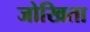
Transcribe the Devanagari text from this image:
जोखिता